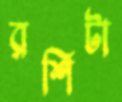
রশিটা